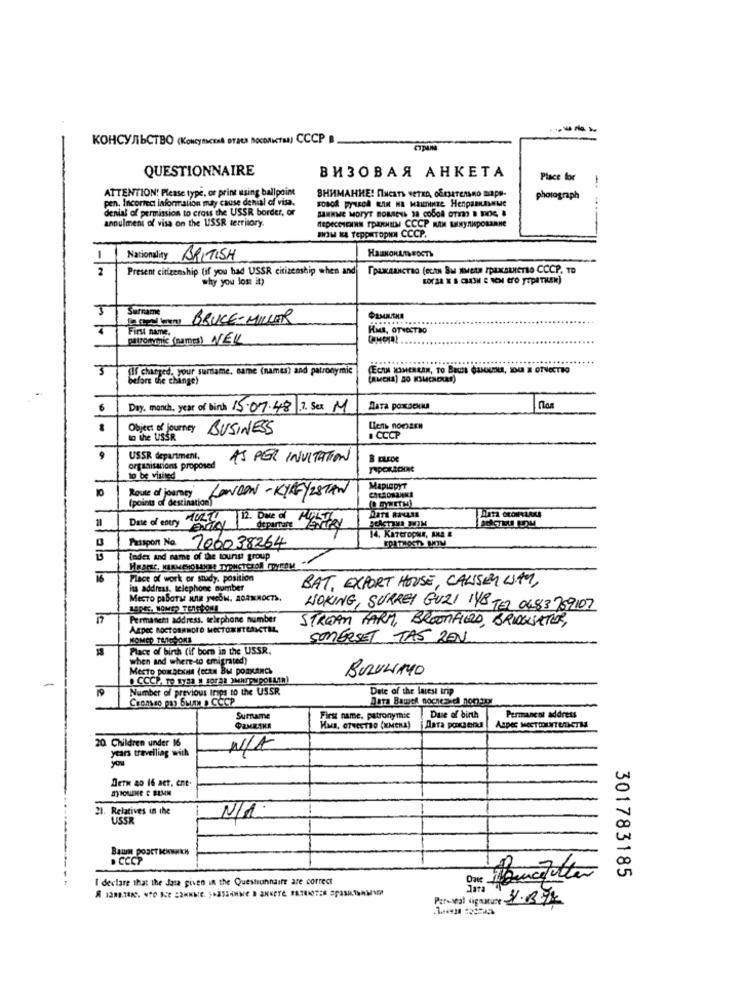
КОНСУЛЬСТВО «Консульский этася посольств) СССР в.
QUESTIONNAIRE
ВИЗОВАЯ АНКЕТА
Place for
ATTENTION! Please type, or print using ballpoint
pen. Incorrect information may cause denial of visa.
ВНИМАНИЕ! Писать четко, обезательно заря
photograph
denial of permission to cross the USSR border, or
annulment of visa on the USSR territory.
BOM K TeppiTopNN CCCP.
1
Nationality BRITISH
2
Present citizenship (if you had USSR citizenship when and
TPAKAANCTRO (CLAN BM MMELN IPIXELNETSO CCCP. TO
why you lose it)
Surname
a) BRUCE-MILLER
HMS. OTWEETSO
patronmic (names) NEL
First name.
3
[If changed, your surname. name (names) and patronymic
before the change)
(RMCHA) 80 KIMCHEEE)
Day. manch, year of birth 15.07.48 7. Sex M
Aara poxseu
Object of journey BUSINESS
to the USSR
. CCCP
USSR department,
AS PER INVITATION
B ELEDE
organisations proposed
10 be visited
Mapimpyt
Route of journey LONDON- KIREYZSTAN
(points of destination)
Date of entry HURT
deparTare
14. Kazeropln, ARA &
Passport No. 706038264
todex and name of the tourist group
Place of work or study. position
BAT, EXPORT HOUSE, CALISEM LIAM,
its address, telephone number
Mecro pasara una ywbw. AGAXMOCTS.
WOKING, SURREY GUZI 148 TEL 0483759107
Permatem address, telephone number
STREAM FARM, BROOMFIELD, BRINGSATOR,
Aspec ROCTORNMOTO MECTONNTERICTAL
NOMED 7410SOM1
SOMERSET TAS ZEN
Place of birth (if born in the USSR.
when and where-to emigrated)
MecTo porrotxun (ecam Bu postencs
BURULIMO
-
Number of previous trips to the USSR
Date of the latest srip
Dara Bawel nocnese nonsur
Surname
First name, patronymic
Duse of birth
Permanent address
HMB, OTHEETHO (KMENA)
Дата рождения
Aspec MOCTINTERNETM
20 Children under 16
years travelling with
Dern ao 16 act. ent.
21. Relatives in the
N/A.
USS
BawIN PORET MANNEN
. CCCP
I declare that the data given in the Questionnaire are correct
301783185
Peloipal signature 31.1377